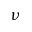
\nu